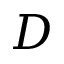
D